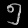
Digit: ၅